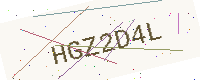
Text: HGZ2D4L